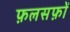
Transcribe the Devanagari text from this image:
फ़लसफ़ों